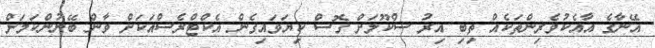
އޭނާގެ އާއެކުވެރިންތަކެއް ތިބި އިރު ސްކޫލަށް ގޮސް ކިޔަވައިގެން އެކްޓްރެސްއަކަށް ވާން ބޭނުންކަމަށް